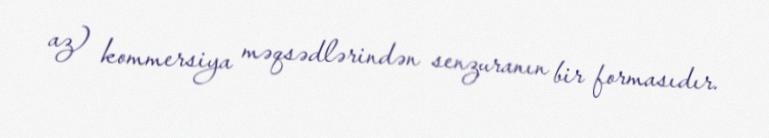
az) kommersiya məqsədlərindən senzuranın bir formasıdır.